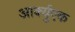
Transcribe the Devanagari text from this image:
आर्क्युएक